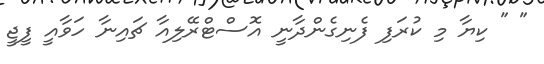
" " ކިޔާ މި ކުރަފި ފެނިގެންދާނީ އޮސްޓްރޭލިއާ ޗައިނާ ހަވާއީ ފީޖީ